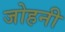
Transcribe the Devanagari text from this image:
जोहनी